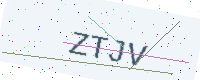
Text: ZTJV